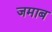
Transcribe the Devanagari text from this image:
जमाब